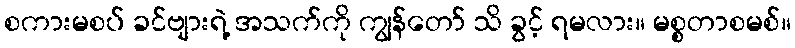
စကားမစပ် ခင်ဗျားရဲ့ အသက်ကို ကျွန်တော် သိ ခွင့် ရမလား။ မစ္စတာစမစ်။